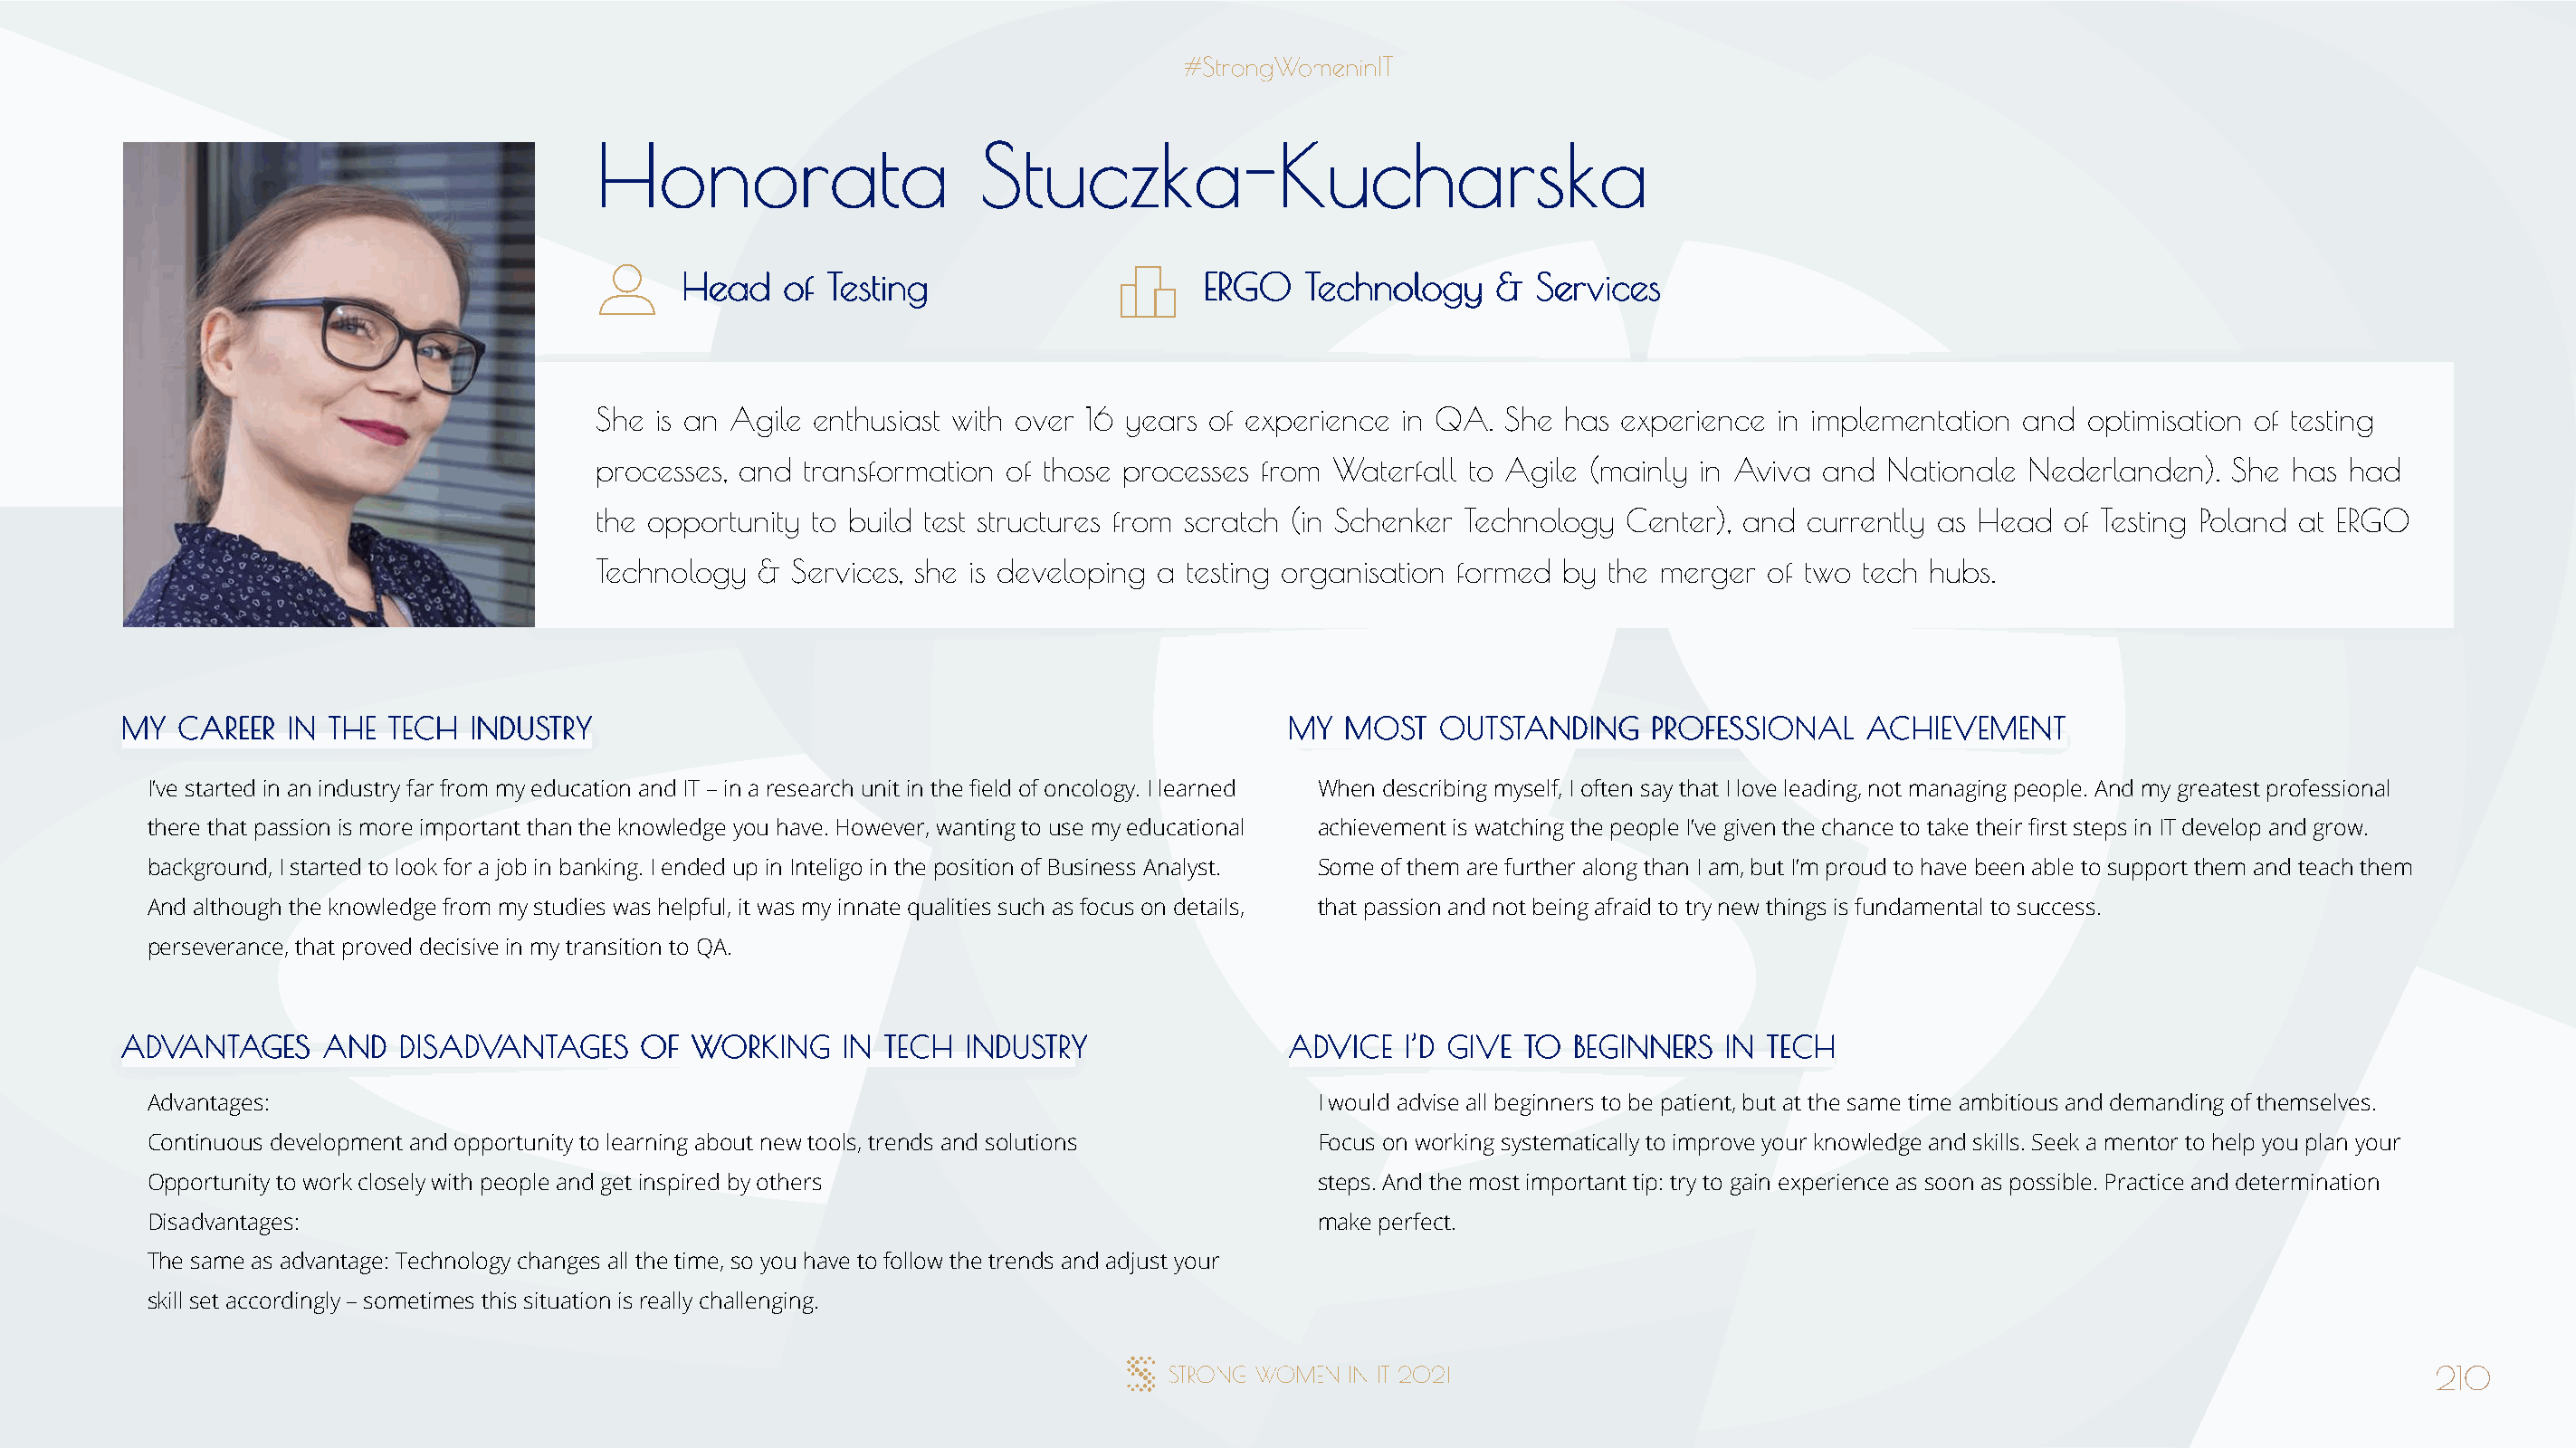
HHoonnoorraattaa            SSttuucczzkkaa--KKuucchhaarrsskkaa
 HHeeaadd ooff TTeessttiinngg          EERRGGOO TTeecchhnnoollooggyy && SSeerrvviicceess
 She is an Agile enthusiast with over 16 years of experience in QA. She has experience in implementation and  optimisation of testing
 processes, and transformation of those processes from Waterfall to Agile (mainly in Aviva and Nationale Nederlanden).  She  has had
 the opportunity to build test structures from scratch (in Schenker Technology Center), and currently as Head of Testing Poland at ERGO
 Technology &  Services, she is developing a testing organisation formed by the merger of two tech hubs.
 MMYY CCAARREEEERR IINN TTHHEE TTEECCHH IINNDDUUSSTTRRYY                              MMYY MMOOSSTT OOUUTTSSTTAANNDDIINNGG PPRROOFFEESSSSIIOONNAALL AACCHHIIEEVVEEMMEENNTT
 I’ve started in an industry far from my education and IT – in a research unit in the field of oncology. I learned When describing myself, I often say that I love leading, not managing people. And my greatest professional
 there that passion is more important than the knowledge you have. However, wanting to use my educational achievement is watching the people I’ve given the chance to take their first steps in IT develop and grow.
 background, I started to look for a job in banking. I ended up in Inteligo in the position of Business Analyst. Some of them are further along than I am, but I’m proud to have been able to support them and teach them
 And although the knowledge from my studies was helpful, it was my innate qualities such as focus on details, that passion and not being afraid to try new things is fundamental to success.
 perseverance, that proved decisive in my transition to QA.
 AADDVVAANNTTAAGGEESS AANNDD DDIISSAADDVVAANNTTAAGGEESS OOFF WWOORRKKIINNGG IINN TTEECCHH IINNDDUUSSTTRRYY AADDVVIICCEE II’’DD GGIIVVEE TTOO BBEEGGIINNNNEERRSS IINN TTEECCHH
 Advantages:                                                                          I would advise all beginners to be patient, but at the same time ambitious and demanding of themselves.
 Continuous development and opportunity to learning about new tools, trends and solutions Focus on working systematically to improve your knowledge and skills. Seek a mentor to help you plan your
 Opportunity to work closely with people and get inspired by others                   steps. And the most important tip: try to gain experience as soon as possible. Practice and determination
 Disadvantages:                                                                       make perfect.
 The same as advantage: Technology changes all the time, so you have to follow the trends and adjust your
 skill set accordingly – sometimes this situation is really challenging.
 210